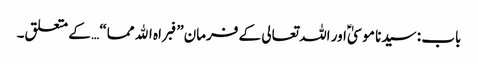
باب : سیدنا موسیٰؑ اور اللہ تعالی کے فرمان”فبراہ الله مما“ … کے متعلق۔